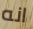
انه